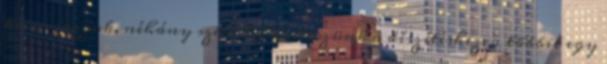
kimagozzuk, néhány szemet félreteszünk a díszítéshez, a többit egy